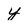
Character: y